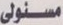
مسئولى